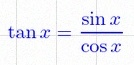
\tan x=\frac{\sin x}{\cos x}